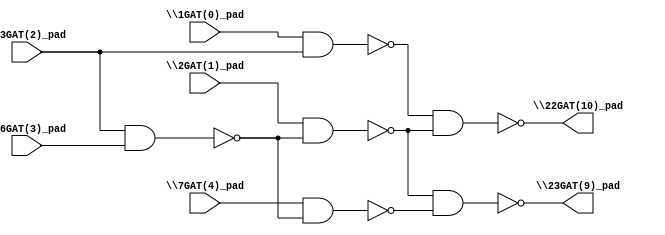
module top( \1GAT(0)_pad  , \2GAT(1)_pad  , \3GAT(2)_pad  , \6GAT(3)_pad  , \7GAT(4)_pad  , \22GAT(10)_pad  , \23GAT(9)_pad  );
  input \1GAT(0)_pad  ;
  input \2GAT(1)_pad  ;
  input \3GAT(2)_pad  ;
  input \6GAT(3)_pad  ;
  input \7GAT(4)_pad  ;
  output \22GAT(10)_pad  ;
  output \23GAT(9)_pad  ;
  wire n6 , n7 , n8 , n9 , n10 , n11 ;
  assign n6 = \1GAT(0)_pad  & \3GAT(2)_pad  ;
  assign n7 = \3GAT(2)_pad  & \6GAT(3)_pad  ;
  assign n8 = \2GAT(1)_pad  & ~n7 ;
  assign n9 = ~n6 & ~n8 ;
  assign n10 = \7GAT(4)_pad  & ~n7 ;
  assign n11 = ~n8 & ~n10 ;
  assign \22GAT(10)_pad  = ~n9 ;
  assign \23GAT(9)_pad  = ~n11 ;
endmodule